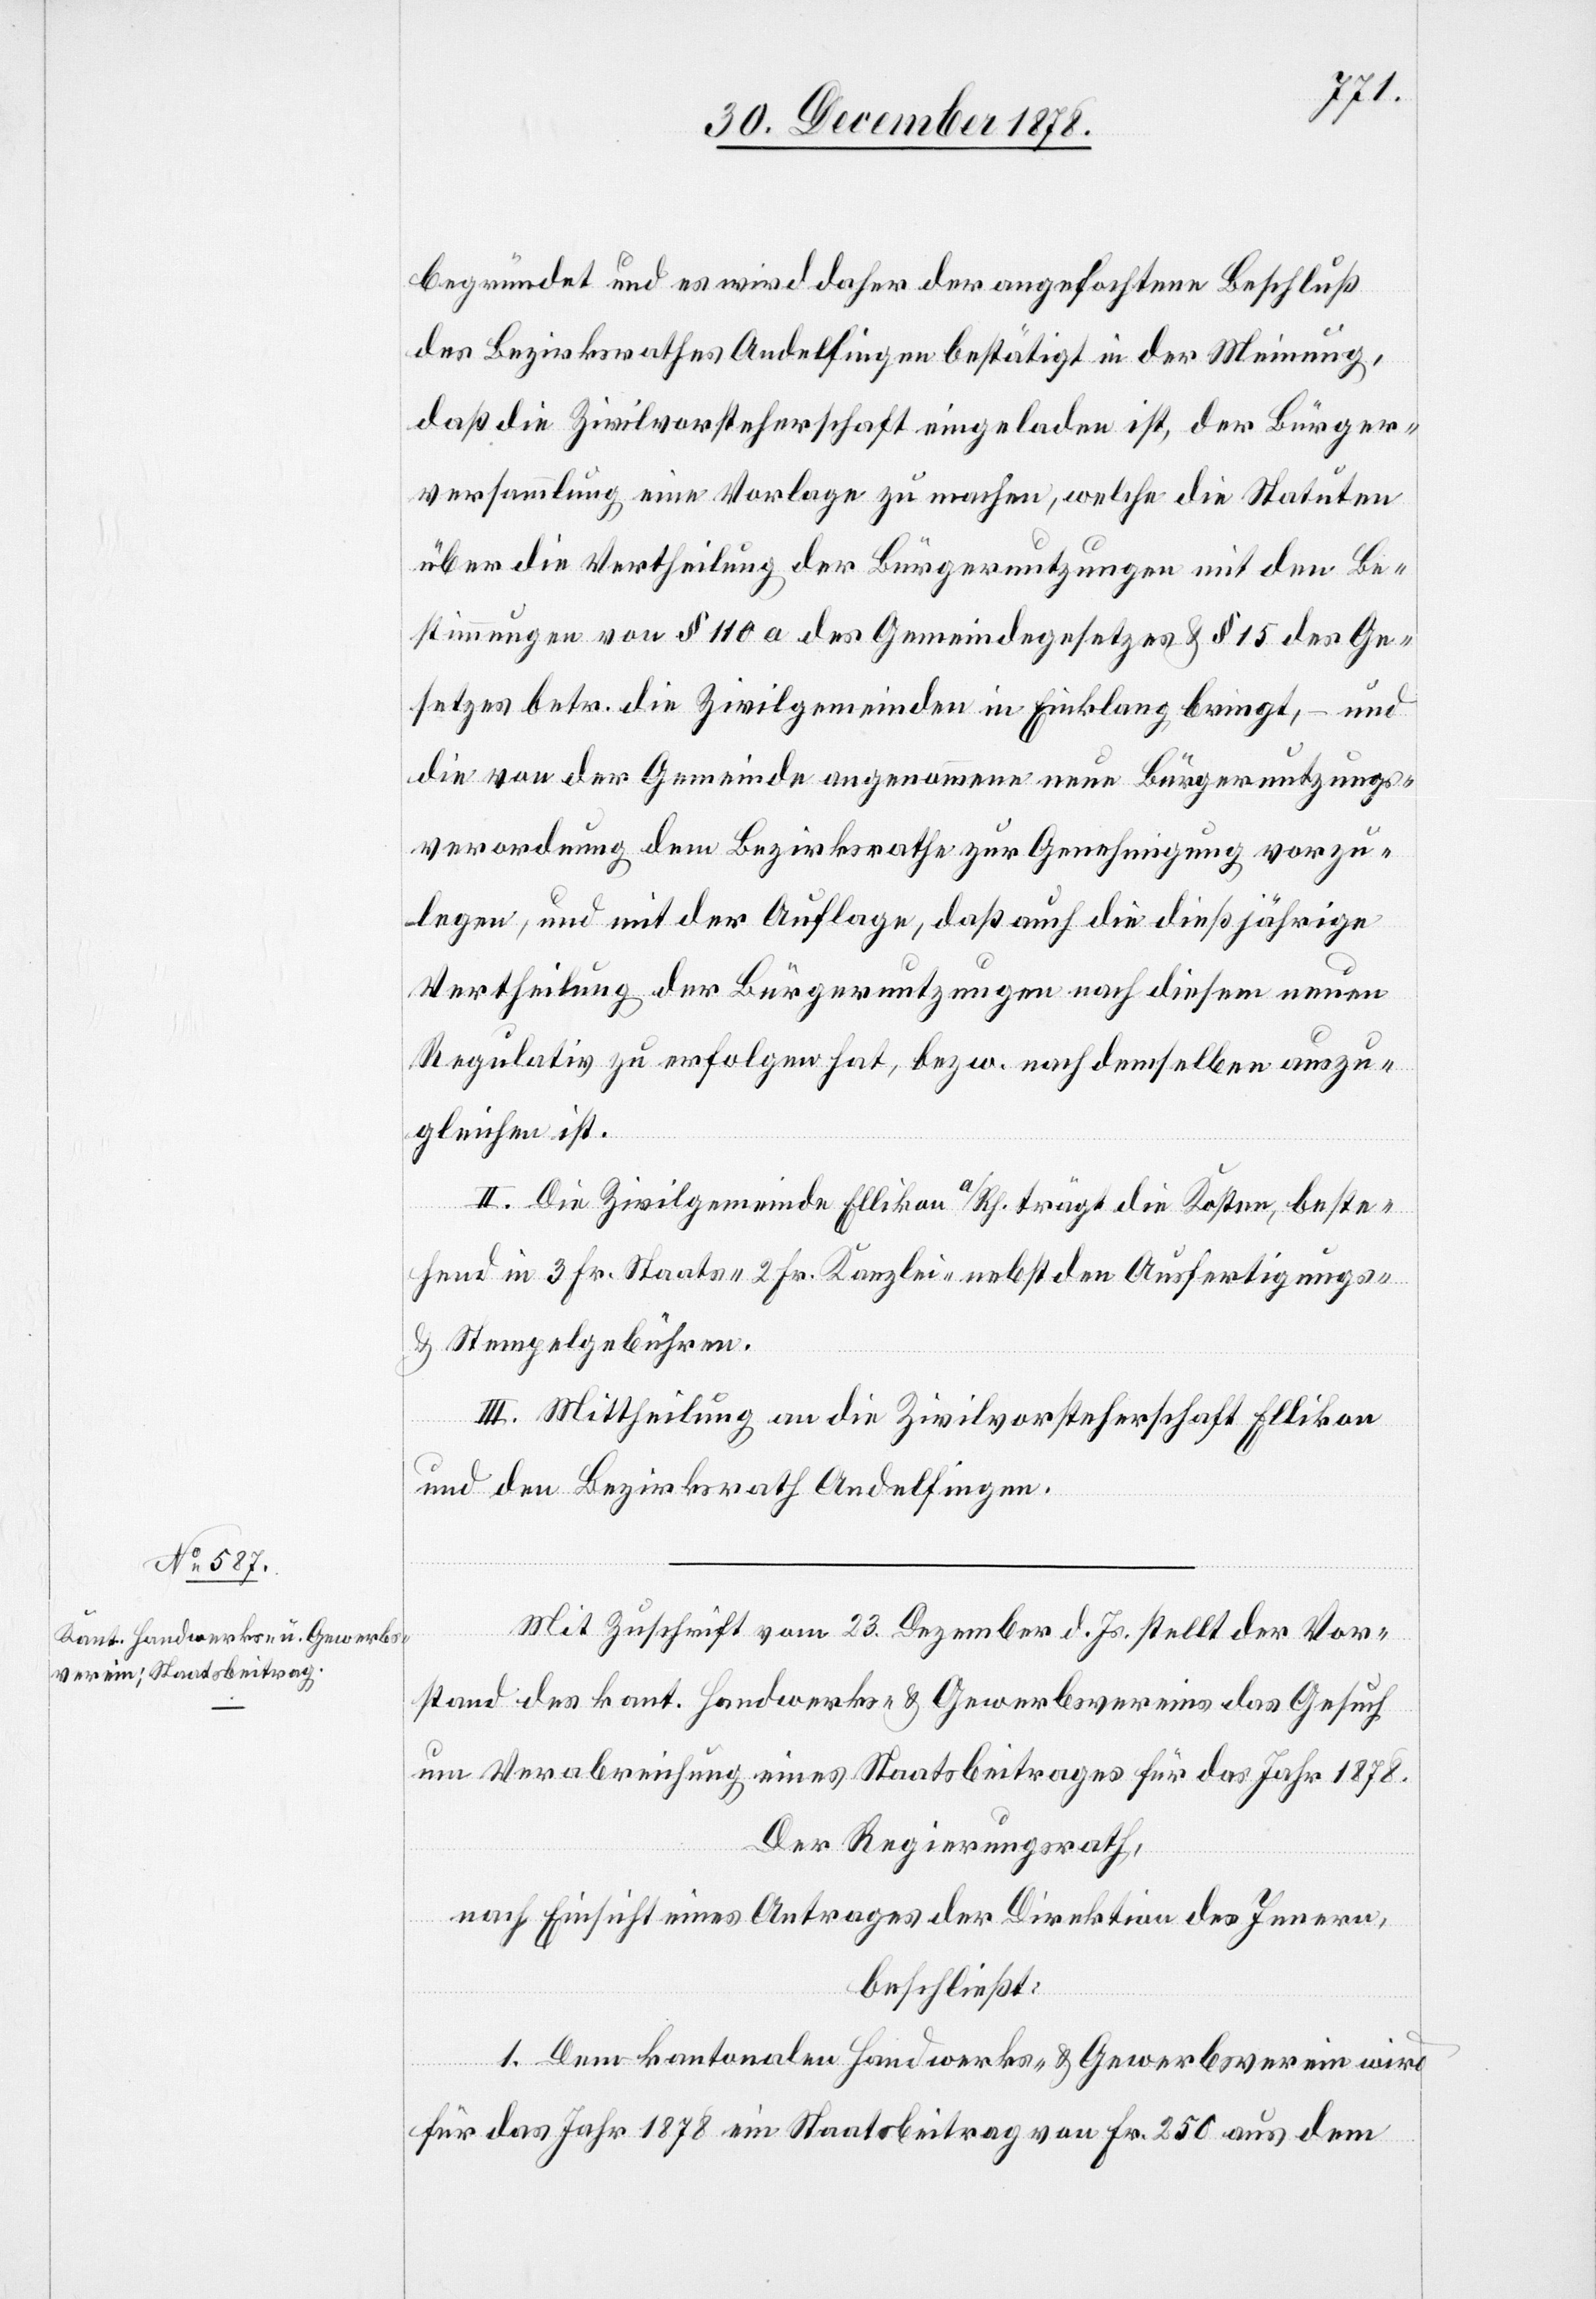
begründet und es wird daher der angefochtene Beschluß
des Bezirksrathes Andelfingen bestätigt in der Meinung,
daß die Zivilvorsteherschaft eingeladen ist, der Bürger¬
versammlung eine Vorlage zu machen, welche die Statuten
über die Vertheilung der Bürgernutzungen mit den Be¬
stimmungen von § 110 a des Gemeindegesetzes & § 15 des Ge¬
setzes betr. die Zivilgemeinden in Einklang bringt, – und
die von der Gemeinde angenommene neue Bürgernutzungs¬
verordnung dem Bezirksrathe zur Genehmigung vorzu¬
legen, und mit der Auflage, daß auch die dießjährige
Vertheilung der Bürgernutzungen nach diesem neuen
Regulativ zu erfolgen hat, bezw. nach denselben auszu¬
gleichen ist.
II. Die Zivilgemeinde Ellikon a/Rh. trägt die Kosten, beste¬
hend in 3 Fr. Staats-, 2 Fr. Kanzlei- nebst den Ausfertigungs-
& Stempelgebühren.
III. Mittheilung an die Zivilvorsteherschaft Ellikon
und den Bezirksrath Andelfingen.
Mit Zuschrift vom 23. Dezember d. Js. stellt der Vor¬
stand des kant. Handwerks- & Gewerbevereins das Gesuch
um Verabreichung eines Staatsbeitrages für das Jahr 1878.
Der Regierungsrath,
nach Einsicht eines Antrages der Direktion des Innern,
beschließt:
1. Der kantonalen Handwerks- & Gewerbeverein wird
für das Jahr 1878 ein Staatsbeitrag von Fr. 250 aus dem